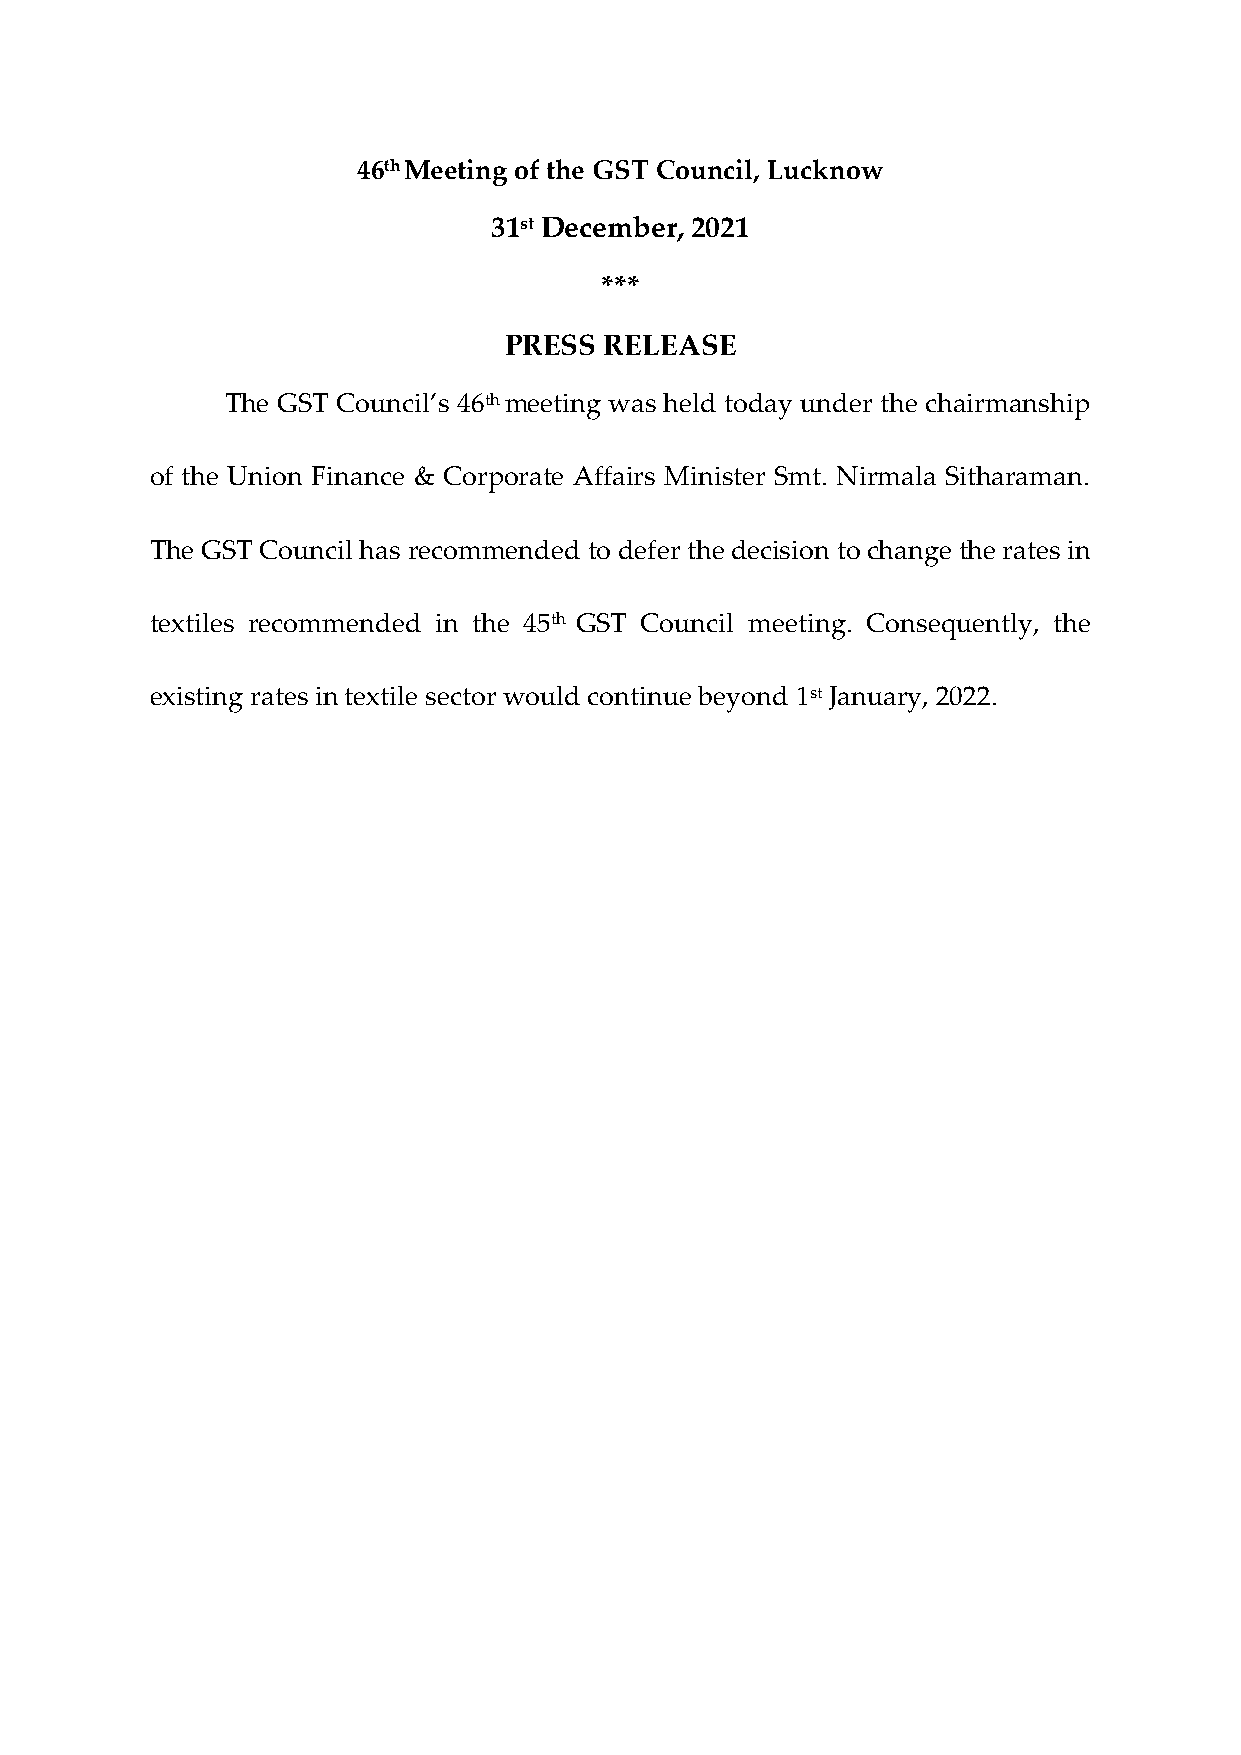
46th Meeting of the GST Council, Lucknow
 31st December, 2021
 ***
 PRESS  RELEASE
 The GST Council’s 46th meeting was held today under the chairmanship
 of the Union Finance & Corporate Affairs Minister Smt. Nirmala Sitharaman.
 The GST Council has recommended to defer the decision to change the rates in
 textiles recommended in the 45th GST Council meeting. Consequently, the
 existing rates in textile sector would continue beyond 1st January, 2022.